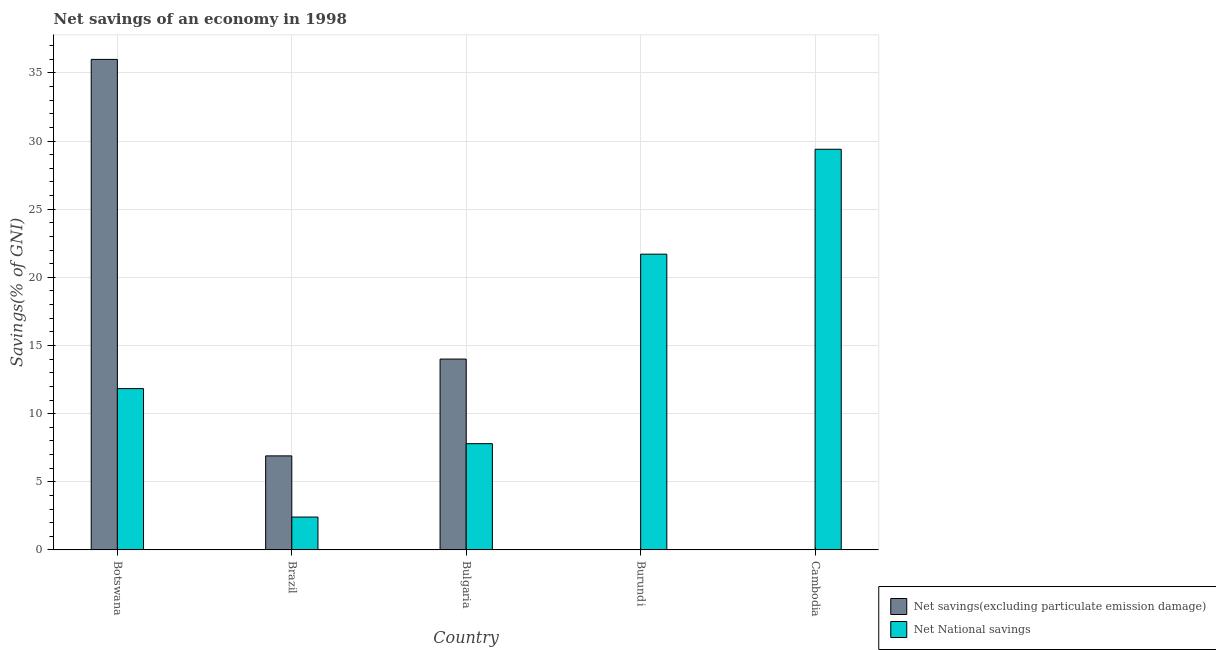
| Country | Net savings(excluding particulate emission damage) | Net National savings |
 | --- | --- | --- |
 | Botswana | 36 | 11.8 |
 | Brazil | 6.9 | 2.41 |
 | Bulgaria | 14 | 7.8 |
 | Burundi | -40.1 | 21.7 |
 | Cambodia | -7.3 | 29.4 |